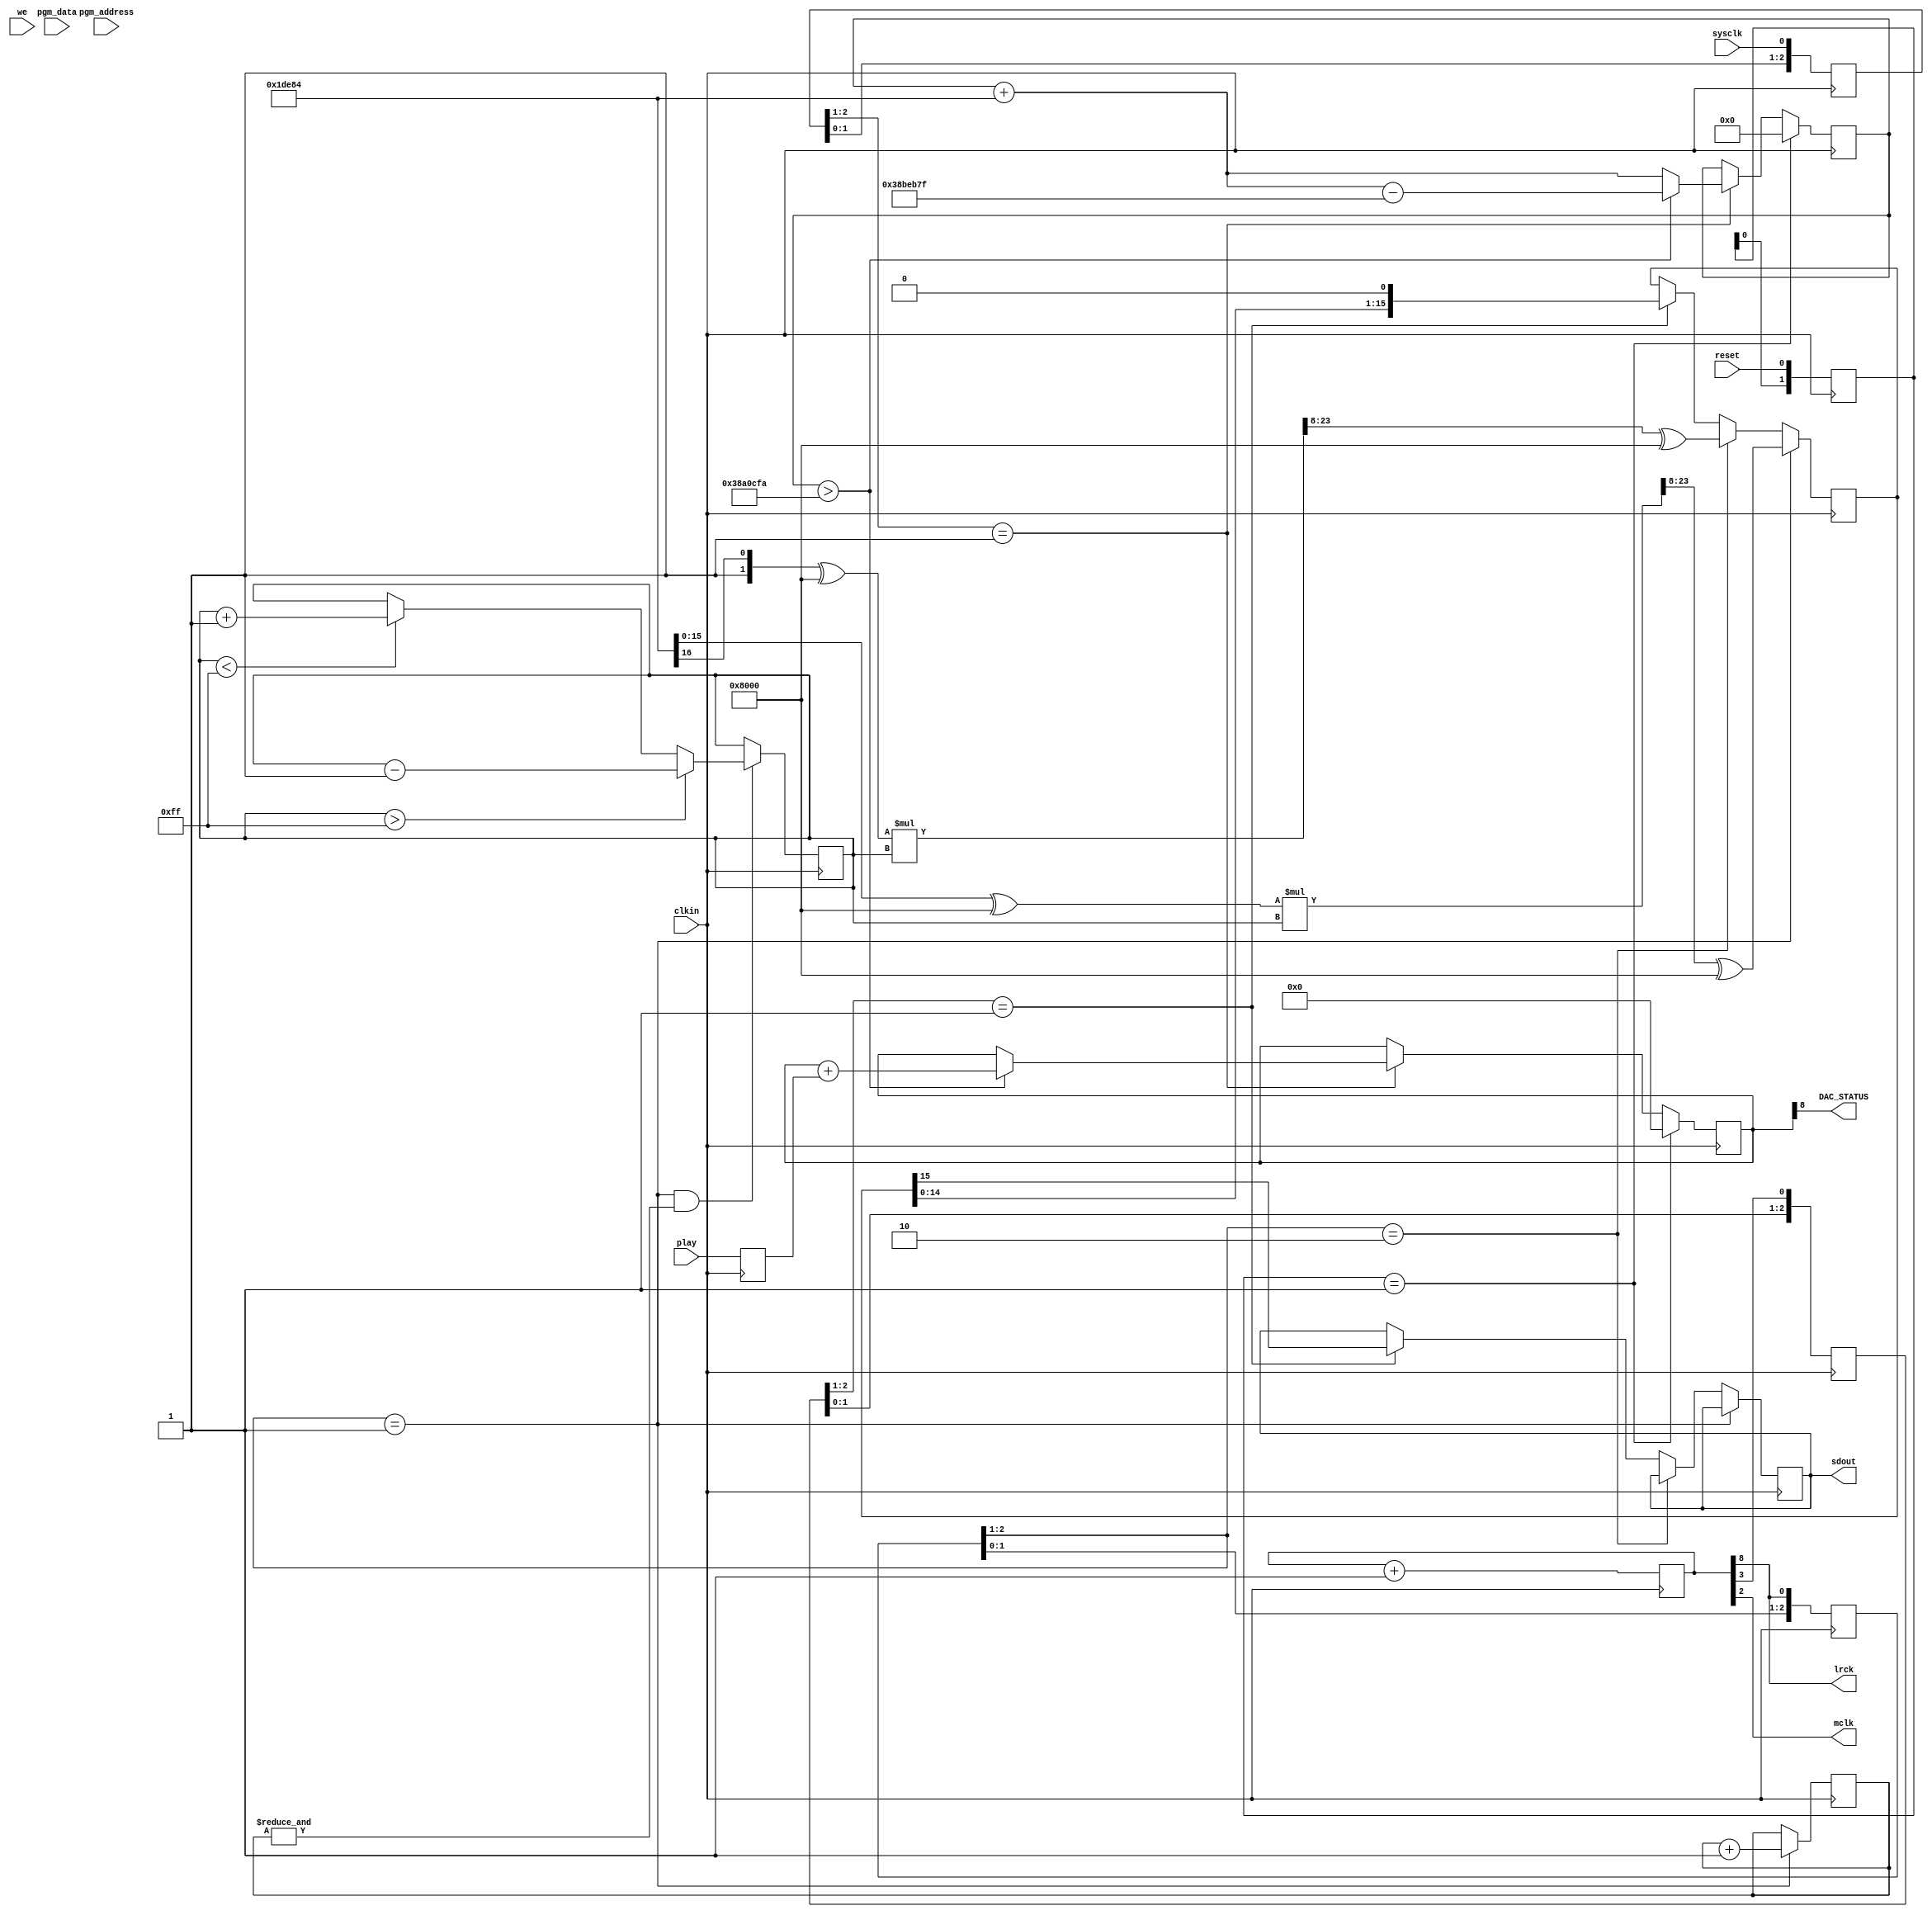
module dac(
  input clkin,
  input sysclk,
  input we,
  input[10:0] pgm_address,
  input[7:0] pgm_data,
  input play,
  input reset,
  output sdout,
  output lrck,
  output mclk,
  output DAC_STATUS
);

reg[8:0] dac_address_r;
wire[8:0] dac_address = dac_address_r;

wire[31:0] dac_data;
assign DAC_STATUS = dac_address_r[8];
reg[7:0] vol_reg;
reg[7:0] vol_target_reg;
reg[1:0] vol_latch_reg;
reg vol_valid;
reg[2:0] sysclk_sreg;
wire sysclk_rising = (sysclk_sreg[2:1] == 2'b01);

reg [25:0] interpol_count;

always @(posedge clkin) begin
  sysclk_sreg <= {sysclk_sreg[1:0], sysclk};
end

`ifdef MK2
dac_buf snes_dac_buf (
  .clka(clkin),
  .wea(~we), // Bus [0 : 0]
  .addra(pgm_address), // Bus [10 : 0]
  .dina(pgm_data), // Bus [7 : 0]
  .clkb(clkin),
  .addrb(dac_address), // Bus [8 : 0]
  .doutb(dac_data)); // Bus [31 : 0]
`endif

`ifdef MK3
dac_buf snes_dac_buf (
  .clock(clkin),
  .wren(~we), // Bus [0 : 0]
  .wraddress(pgm_address), // Bus [10 : 0]
  .data(pgm_data), // Bus [7 : 0]
  .rdaddress(dac_address), // Bus [8 : 0]
  .q(dac_data)); // Bus [31 : 0]
`endif

reg [8:0] cnt;
reg [15:0] smpcnt;
reg [1:0] samples;
reg [15:0] smpshift;

assign mclk = cnt[2]; // mclk = clk/8
assign lrck = cnt[8]; // lrck = mclk/128
wire sclk = cnt[3];   // sclk = lrck*32

reg [2:0] lrck_sreg;
reg [2:0] sclk_sreg;
wire lrck_rising = ({lrck_sreg[2:1]} == 2'b01);
wire lrck_falling = ({lrck_sreg[2:1]} == 2'b10);

wire sclk_rising = ({sclk_sreg[2:1]} == 2'b01);

reg sdout_reg;
assign sdout = sdout_reg;

reg [1:0] reset_sreg;
wire reset_rising = (reset_sreg[1:0] == 2'b01);

reg play_r;

initial begin
  cnt = 9'h100;
  smpcnt = 16'b0;
  lrck_sreg = 2'b11;
  sclk_sreg = 1'b0;
  dac_address_r = 10'b0;
  vol_valid = 1'b0;
  vol_latch_reg = 1'b0;
  vol_reg = 8'h0;
  vol_target_reg = 8'hff;
  samples <= 2'b00;
end

always @(posedge clkin) begin
  if(reset_rising) begin
    dac_address_r <= 0;
    interpol_count <= 0;
  end else if(sysclk_rising) begin
    if(interpol_count > 59378938) begin
      interpol_count <= interpol_count + 122500 - 59501439;
      dac_address_r <= dac_address_r + play_r;
    end else begin
      interpol_count <= interpol_count + 122500;
    end
  end
end

always @(posedge clkin) begin
  cnt <= cnt + 1;
  lrck_sreg <= {lrck_sreg[1:0], lrck};
  sclk_sreg <= {sclk_sreg[1:0], sclk};
  play_r <= play;
  reset_sreg <= {reset_sreg[0], reset};
end

// ramp volume only every 4 samples
always @(posedge clkin) begin
  if (lrck_rising && &samples[1:0]) begin
    if(vol_reg > vol_target_reg)
      vol_reg <= vol_reg - 1;
    else if(vol_reg < vol_target_reg)
      vol_reg <= vol_reg + 1;
  end
end

always @(posedge clkin) begin
  if (lrck_rising) begin // right channel
    smpshift <= (({16'h0, dac_data[31:16]^16'h8000} * vol_reg) >> 8) ^ 16'h8000;
    samples <= samples + 1;
  end else if (lrck_falling) begin // left channel
    smpshift <= (({16'h0, dac_data[15:0]^16'h8000} * vol_reg) >> 8) ^ 16'h8000;
  end else begin
    if (sclk_rising) begin
      smpcnt <= smpcnt + 1;
      sdout_reg <= smpshift[15];
      smpshift <= {smpshift[14:0], 1'b0};
    end
  end
end

endmodule